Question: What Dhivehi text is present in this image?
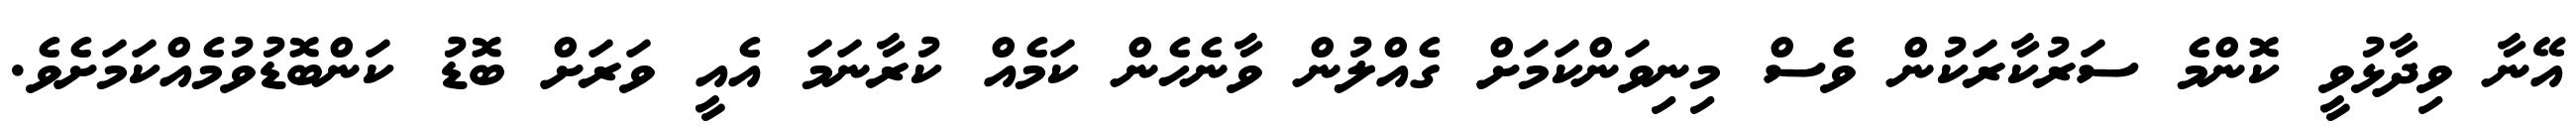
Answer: އޭނާ ވިދާޅުވީ ކޮންމެ ސަރުކާރަކުން ވެސް މިނިވަންކަމަށް ގެއްލުން ވާނެހެން ކަމެއް ކުރާނަމަ އެއީ ވަރަށް ބޮޑު ކަންބޮޑުވުމެއްކަމަށެވެ.